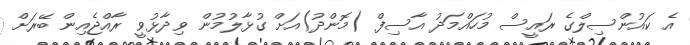
އެ ކައުންސިލްގެ ރައީސް މުހައްމަދު އާސިފް (މޮންދު)އަށް ގުޅާލުމުން ވިދާޅުވީ ރާއްޖެއިން ބޭރަށް